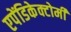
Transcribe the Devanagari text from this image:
एपेंडिकेक्टोमी